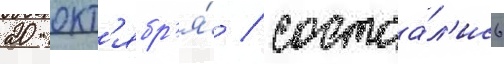
20 окт'ябр'я́ / состоа́л'ись